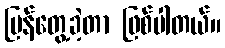
ပြန်တွေ့ခဲ့တာ ဖြစ်ပါတယ်။